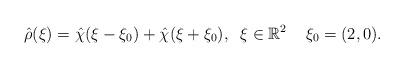
LaTeX: \begin{align*} \hat{\rho}(\xi) = \hat\chi(\xi - \xi_0) + \hat\chi(\xi + \xi_0), \;\; \xi \in \mathbb{R}^2 \;\; \;\; \xi_0 = (2,0). \end{align*}